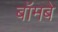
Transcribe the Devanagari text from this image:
बॉमबे